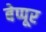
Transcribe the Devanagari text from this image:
बेप्पूर